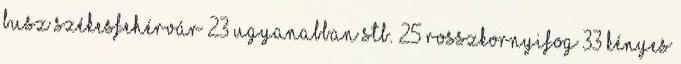
busz Székesfehérvár 23 Ugyanabban stb. 25 Rosszkornyifog 33 Kényes